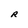
Character: R